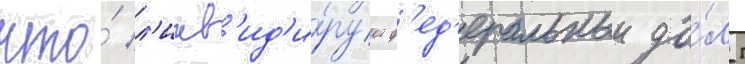
что́ л'икв'ид'и́рует ф'ед'еральныи до́лг